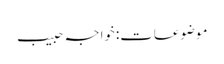
موضوعات:خواجہ حبیب